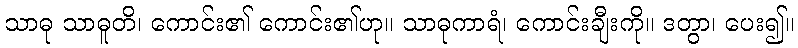
သာဓု သာဓူတိ၊ ကောင်း၏ ကောင်း၏ဟု။ သာဓုကာရံ၊ ကောင်းချီးကို။ ဒတွာ၊ ပေး၍။